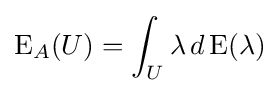
\operatorname {E} _{A}(U)=\int _{U}\lambda \,d\operatorname {E} (\lambda )